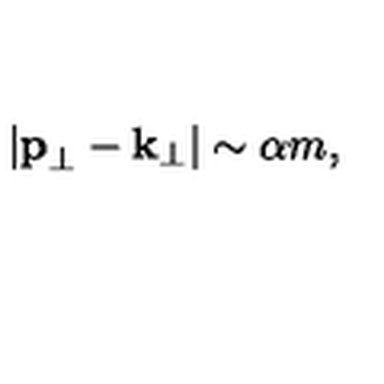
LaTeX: | { \bf p } _ { \perp } - { \bf k } _ { \perp } | \sim \alpha m ,